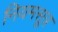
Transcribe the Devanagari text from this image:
नियमसूत्र